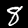
Digit: 8